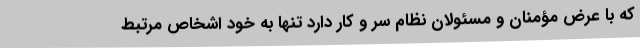
که با عِرض مؤمنان و مسئولان نظام سر و کار دارد تنها به خود اشخاص مرتبط